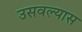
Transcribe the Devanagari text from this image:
उसवल्यास